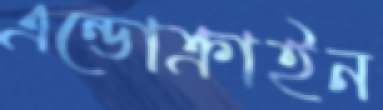
এন্ডোক্রাইন